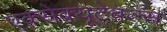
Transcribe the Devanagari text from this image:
एक्सेक्यूटेबल्स